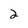
Character: 2